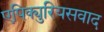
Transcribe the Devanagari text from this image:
एपिक्युरियसवाद